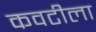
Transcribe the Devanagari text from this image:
कवटीला